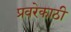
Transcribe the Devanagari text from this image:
प्रवरेकाठी